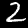
Digit: 2